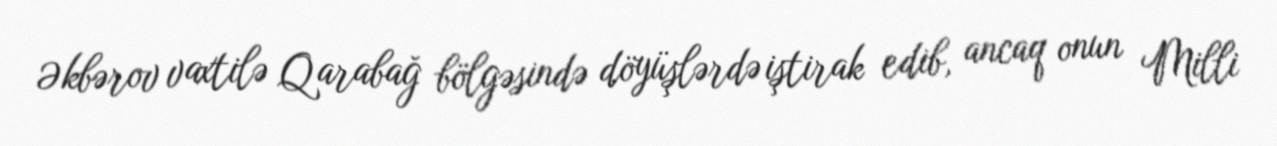
Əkbərov vaxtilə Qarabağ bölgəsində döyüşlərdə iştirak edib, ancaq onun Milli